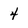
Character: 4